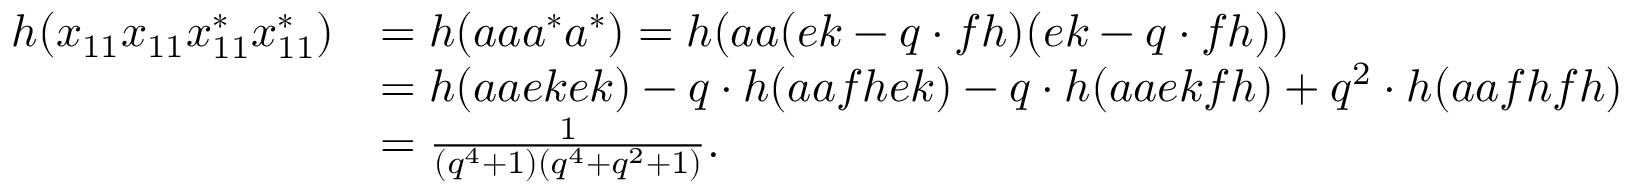
\begin{array} { r l } { h ( x _ { 1 1 } x _ { 1 1 } x _ { 1 1 } ^ { * } x _ { 1 1 } ^ { * } ) } & { = h ( a a a ^ { * } a ^ { * } ) = h ( a a ( e k - q \cdot f h ) ( e k - q \cdot f h ) ) } \\ & { = h ( a a e k e k ) - q \cdot h ( a a f h e k ) - q \cdot h ( a a e k f h ) + q ^ { 2 } \cdot h ( a a f h f h ) } \\ & { = \frac { 1 } { ( q ^ { 4 } + 1 ) ( q ^ { 4 } + q ^ { 2 } + 1 ) } . } \end{array}